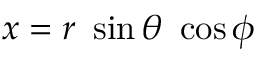
x = r ~ \sin \theta ~ \cos \phi